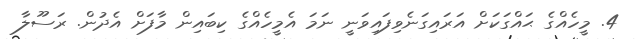
4. މީހެއްގެ ޙައްގަކަށް އަރައިގަނެވިފައިވަނީ ނަމަ އެމީހެއްގެ ކިބައިން މާފަށް އެދުން. ރަސޫލާ